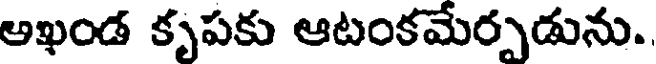
ఆఖండ కృపకు ఆటంకమేర్పడును.